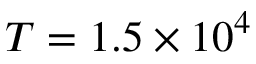
T = 1 . 5 \times 1 0 ^ { 4 }